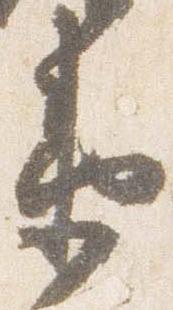
衛